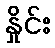
နှိုင်း